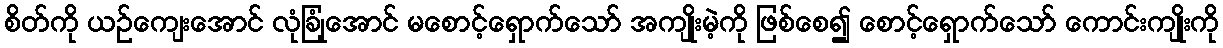
စိတ်ကို ယဉ်ကျေးအောင် လုံခြုံအောင် မစောင့်ရှောက်သော် အကျိုးမဲ့ကို ဖြစ်စေ၍ စောင့်ရှောက်သော် ကောင်းကျိုးကို